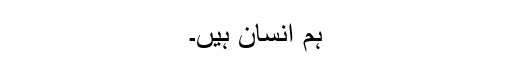
ہم انسان ہیں۔